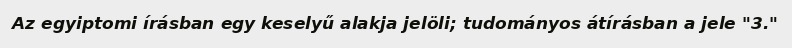
Az egyiptomi írásban egy keselyű alakja jelöli; tudományos átírásban a jele "3."